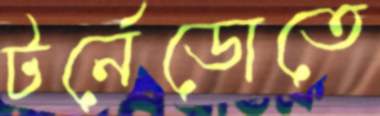
টর্নেডোতে